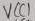
Text: VCC1